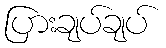
ပြားချပ်ချပ်